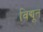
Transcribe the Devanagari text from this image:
विद्यूत